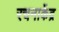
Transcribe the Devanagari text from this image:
रचनाकेंद्र